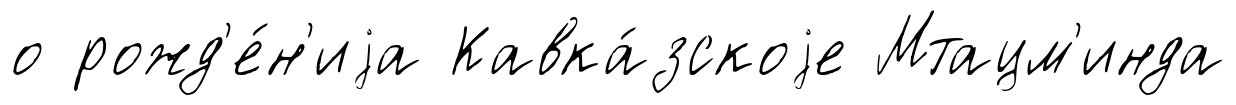
о рожд'е́н'иjа Кавка́зскоjе Мтацм'инда